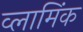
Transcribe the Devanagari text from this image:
व्लामिंक